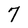
Character: 7